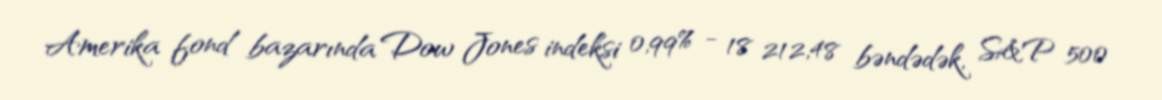
Amerika fond bazarında Dow Jones indeksi 0,99% - 18 212,48 bəndədək, S&P 500